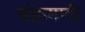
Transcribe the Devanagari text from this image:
संक्रमणी